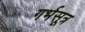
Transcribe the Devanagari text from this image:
गर्भसूत्र